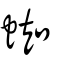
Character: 鼅